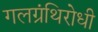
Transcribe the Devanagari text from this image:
गलग्रंथिरोधी